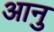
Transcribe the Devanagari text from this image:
आनु